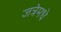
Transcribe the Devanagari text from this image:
जत्रेमधे